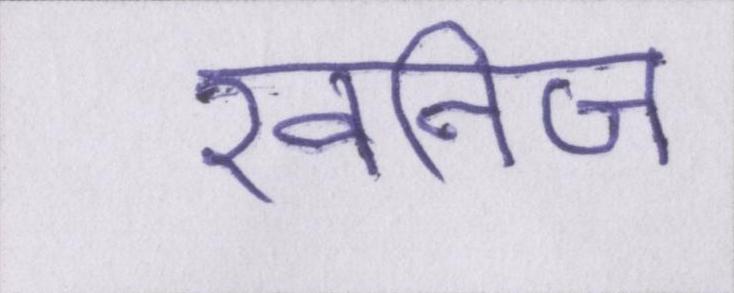
खनिज